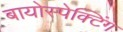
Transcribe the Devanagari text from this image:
बायोस्पेक्‍टिंग